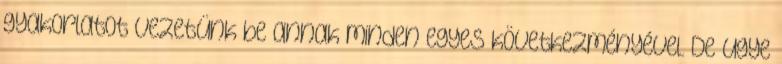
gyakorlatot vezetünk be annak minden egyes következményével. De ugye